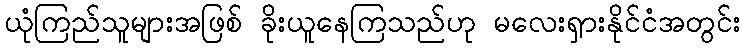
ယုံကြည်သူများအဖြစ် ခိုးယူနေကြသည်ဟု မလေးရှားနိုင်ငံအတွင်း